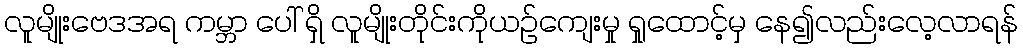
လူမျိုးဗေဒအရ ကမ္ဘာ ပေါ် ရှိ လူမျိုးတိုင်းကိုယဉ်ကျေးမှု ရှုထောင့်မှ နေ၍လည်းလေ့လာရန်